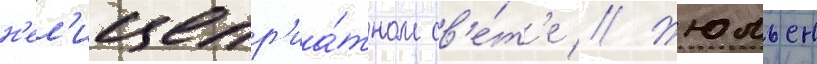
н'ел'ицепр'иа́тном св'е́т'е // Жюльен